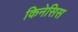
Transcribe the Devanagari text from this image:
किनेसिस